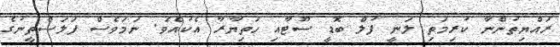
ރައްޔިތުންނާ ކުރިމަތި ލަނީ ފުލް ބޮޑީ ސޫޓާއި ހަތިޔާރާ އެކުއެވެ. ނަމަވެސް ފަލަސްތީނުގެ